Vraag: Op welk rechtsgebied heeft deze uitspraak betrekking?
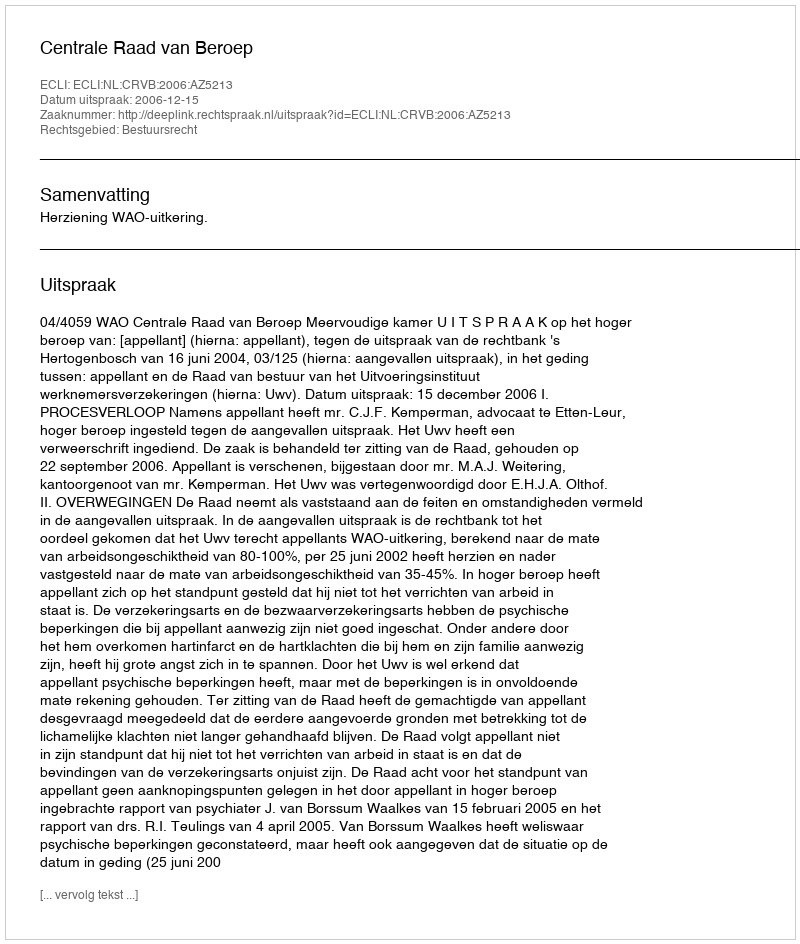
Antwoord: Bestuursrecht